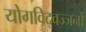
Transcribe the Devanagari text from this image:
योगविद्वज्जनों